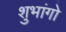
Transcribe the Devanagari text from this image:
शुभांगो